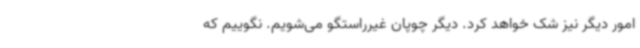
امور دیگر نیز شک خواهد کرد. دیگر چوپان غیرراستگو می‌شویم. نگوییم که